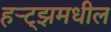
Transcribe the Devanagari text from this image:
हर्‍ट्झमधील